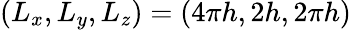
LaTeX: (L_{x},L_{y},L_{z})=(4\pi h,2h,2\pi h)